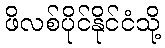
ဖိလစ်ပိုင်နိုင်ငံသို့